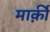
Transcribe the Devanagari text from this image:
मार्क़ी